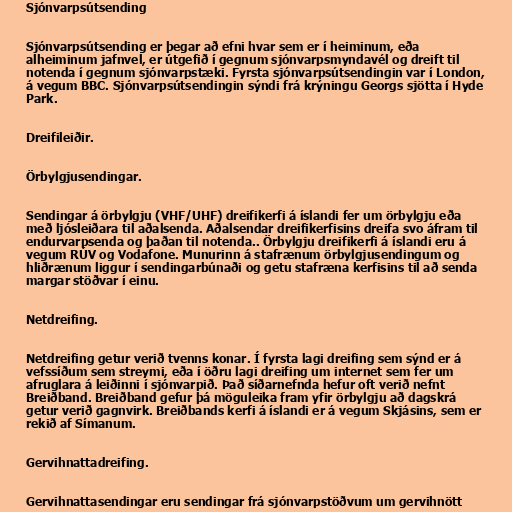
Sjónvarpsútsending

Sjónvarpsútsending er þegar að efni hvar sem er í heiminum, eða
alheiminum jafnvel, er útgefið í gegnum sjónvarpsmyndavél og dreift til
notenda í gegnum sjónvarpstæki. Fyrsta sjónvarpsútsendingin var í London,
á vegum BBC. Sjónvarpsútsendingin sýndi frá krýningu Georgs sjötta í Hyde
Park.

Dreifileiðir.

Örbylgjusendingar.

Sendingar á örbylgju (VHF/UHF) dreifikerfi á íslandi fer um örbylgju eða
með ljósleiðara til aðalsenda. Aðalsendar dreifikerfisins dreifa svo áfram til
endurvarpsenda og þaðan til notenda.. Örbylgju dreifikerfi á íslandi eru á
vegum RÚV og Vodafone. Munurinn á stafrænum örbylgjusendingum og
hliðrænum liggur í sendingarbúnaði og getu stafræna kerfisins til að senda
margar stöðvar í einu.

Netdreifing.

Netdreifing getur verið tvenns konar. Í fyrsta lagi dreifing sem sýnd er á
vefssíðum sem streymi, eða í öðru lagi dreifing um internet sem fer um
afruglara á leiðinni í sjónvarpið. Það síðarnefnda hefur oft verið nefnt
Breiðband. Breiðband gefur þá möguleika fram yfir örbylgju að dagskrá
getur verið gagnvirk. Breiðbands kerfi á íslandi er á vegum Skjásins, sem er
rekið af Símanum.

Gervihnattadreifing.

Gervihnattasendingar eru sendingar frá sjónvarpstöðvum um gervihnött